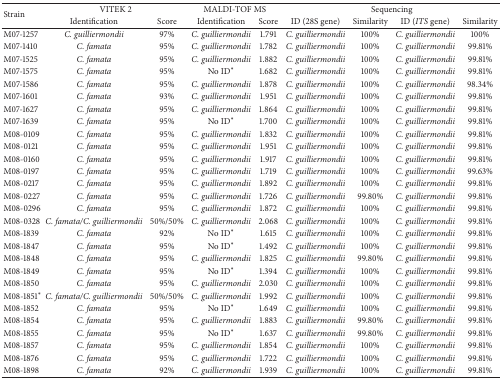
<table><thead><tr><td rowspan="2"><b>Strain</b></td><td colspan="2"><b>VITEK 2</b></td><td colspan="2"><b>MALDI-TOF MS</b></td><td colspan="4"><b>Sequencing</b></td></tr><tr><td><b>Identification</b></td><td><b>Score</b></td><td><b>Identification</b></td><td><b>Score</b></td><td><b>ID (28S gene)</b></td><td><b>Similarity</b></td><td><b>ID (<i>ITS</i> gene)</b></td><td><b>Similarity</b></td></tr></thead><tbody><tr><td>M07-1257</td><td><i>C. guilliermondii </i></td><td>97%</td><td><i>C. guilliermondii </i></td><td>1.791</td><td><i>C. guilliermondii </i></td><td>100%</td><td><i>C. guilliermondii </i></td><td>100%</td></tr><tr><td>M07-1410</td><td><i>C. famata </i></td><td>95%</td><td><i>C. guilliermondii </i></td><td>1.782</td><td><i>C. guilliermondii </i></td><td>100%</td><td><i>C. guilliermondii </i></td><td>99.81%</td></tr><tr><td>M07-1525</td><td><i>C. famata </i></td><td>95%</td><td><i>C. guilliermondii </i></td><td>1.882</td><td><i>C. guilliermondii </i></td><td>100%</td><td><i>C. guilliermondii </i></td><td>99.81%</td></tr><tr><td>M07-1575</td><td><i>C. famata </i></td><td>95%</td><td>No ID*</td><td>1.682</td><td><i>C. guilliermondii </i></td><td>100%</td><td><i>C. guilliermondii </i></td><td>99.81%</td></tr><tr><td>M07-1586</td><td><i>C. famata </i></td><td>95%</td><td><i>C. guilliermondii </i></td><td>1.878</td><td><i>C. guilliermondii </i></td><td>100%</td><td><i>C. guilliermondii </i></td><td>98.34%</td></tr><tr><td>M07-1601</td><td><i>C. famata </i></td><td>93%</td><td><i>C. guilliermondii </i></td><td>1.951</td><td><i>C. guilliermondii </i></td><td>100%</td><td><i>C. guilliermondii </i></td><td>99.81%</td></tr><tr><td>M07-1627</td><td><i>C. famata </i></td><td>95%</td><td><i>C. guilliermondii </i></td><td>1.864</td><td><i>C. guilliermondii </i></td><td>100%</td><td><i>C. guilliermondii </i></td><td>99.81%</td></tr><tr><td>M07-1639</td><td><i>C. famata </i></td><td>95%</td><td>No ID*</td><td>1.700</td><td><i>C. guilliermondii </i></td><td>100%</td><td><i>C. guilliermondii </i></td><td>99.81%</td></tr><tr><td>M08-0109</td><td><i>C. famata </i></td><td>95%</td><td><i>C. guilliermondii </i></td><td>1.832</td><td><i>C. guilliermondii </i></td><td>100%</td><td><i>C. guilliermondii </i></td><td>99.81%</td></tr><tr><td>M08-0121</td><td><i>C. famata </i></td><td>95%</td><td><i>C. guilliermondii </i></td><td>1.951</td><td><i>C. guilliermondii </i></td><td>100%</td><td><i>C. guilliermondii </i></td><td>99.81%</td></tr><tr><td>M08-0160</td><td><i>C. famata </i></td><td>95%</td><td><i>C. guilliermondii </i></td><td>1.917</td><td><i>C. guilliermondii </i></td><td>100%</td><td><i>C. guilliermondii </i></td><td>99.81%</td></tr><tr><td>M08-0197</td><td><i>C. famata </i></td><td>95%</td><td><i>C. guilliermondii </i></td><td>1.719</td><td><i>C. guilliermondii </i></td><td>100%</td><td><i>C. guilliermondii </i></td><td>99.63%</td></tr><tr><td>M08-0217</td><td><i>C. famata </i></td><td>95%</td><td><i>C. guilliermondii </i></td><td>1.892</td><td><i>C. guilliermondii </i></td><td>100%</td><td><i>C. guilliermondii </i></td><td>99.81%</td></tr><tr><td>M08-0227</td><td><i>C. famata </i></td><td>95%</td><td><i>C. guilliermondii </i></td><td>1.726</td><td><i>C. guilliermondii </i></td><td>99.80%</td><td><i>C. guilliermondii </i></td><td>99.81%</td></tr><tr><td>M08-0296</td><td><i>C. famata </i></td><td>95%</td><td><i>C. guilliermondii </i></td><td>1.872</td><td><i>C. guilliermondii </i></td><td>100%</td><td><i>C. guilliermondii </i></td><td>99.81%</td></tr><tr><td>M08-0328</td><td><i>C. famata/C. guilliermondii </i></td><td>50%/50%</td><td><i>C. guilliermondii </i></td><td>2.068</td><td><i>C. guilliermondii </i></td><td>100%</td><td><i>C. guilliermondii </i></td><td>99.81%</td></tr><tr><td>M08-1839</td><td><i>C. famata </i></td><td>92%</td><td>No ID*</td><td>1.615</td><td><i>C. guilliermondii </i></td><td>100%</td><td><i>C. guilliermondii </i></td><td>99.81%</td></tr><tr><td>M08-1847</td><td><i>C. famata </i></td><td>95%</td><td>No ID*</td><td>1.492</td><td><i>C. guilliermondii </i></td><td>100%</td><td><i>C. guilliermondii </i></td><td>99.81%</td></tr><tr><td>M08-1848</td><td><i>C. famata </i></td><td>95%</td><td><i>C. guilliermondii </i></td><td>1.825</td><td><i>C. guilliermondii </i></td><td>99.80%</td><td><i>C. guilliermondii </i></td><td>99.81%</td></tr><tr><td>M08-1849</td><td><i>C. famata </i></td><td>95%</td><td>No ID*</td><td>1.394</td><td><i>C. guilliermondii </i></td><td>100%</td><td><i>C. guilliermondii </i></td><td>99.81%</td></tr><tr><td>M08-1850</td><td><i>C. famata </i></td><td>95%</td><td><i>C. guilliermondii </i></td><td>2.030</td><td><i>C. guilliermondii </i></td><td>100%</td><td><i>C. guilliermondii </i></td><td>99.81%</td></tr><tr><td>M08-1851*</td><td><i>C. famata/C. guilliermondii </i></td><td>50%/50%</td><td><i>C. guilliermondii </i></td><td>1.992</td><td><i>C. guilliermondii </i></td><td>100%</td><td><i>C. guilliermondii </i></td><td>99.81%</td></tr><tr><td>M08-1852</td><td><i>C. famata </i></td><td>95%</td><td>No ID*</td><td>1.649</td><td><i>C. guilliermondii </i></td><td>100%</td><td><i>C. guilliermondii </i></td><td>99.81%</td></tr><tr><td>M08-1854</td><td><i>C. famata </i></td><td>95%</td><td><i>C. guilliermondii </i></td><td>1.883</td><td><i>C. guilliermondii </i></td><td>99.80%</td><td><i>C. guilliermondii </i></td><td>99.81%</td></tr><tr><td>M08-1855</td><td><i>C. famata </i></td><td>95%</td><td>No ID*</td><td>1.637</td><td><i>C. guilliermondii </i></td><td>99.80%</td><td><i>C. guilliermondii </i></td><td>99.81%</td></tr><tr><td>M08-1857</td><td><i>C. famata </i></td><td>95%</td><td><i>C. guilliermondii </i></td><td>1.854</td><td><i>C. guilliermondii </i></td><td>100%</td><td><i>C. guilliermondii </i></td><td>99.81%</td></tr><tr><td>M08-1876</td><td><i>C. famata </i></td><td>95%</td><td><i>C. guilliermondii </i></td><td>1.722</td><td><i>C. guilliermondii </i></td><td>100%</td><td><i>C. guilliermondii </i></td><td>99.81%</td></tr><tr><td>M08-1898</td><td><i>C. famata </i></td><td>92%</td><td><i>C. guilliermondii </i></td><td>1.939</td><td><i>C. guilliermondii </i></td><td>100%</td><td><i>C. guilliermondii </i></td><td>99.81%</td></tr></tbody></table>